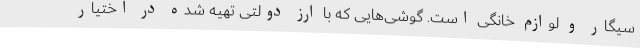
سیگار و لوازم خانگی است. گوشی‌هایی که با ارز دولتی تهیه شده در اختیار